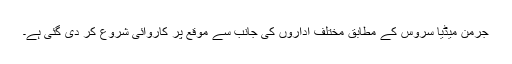
جرمن میڈیا سروس کے مطابق مختلف اداروں کی جانب سے موقع پر کاروائی شروع کر دی گئی ہے۔